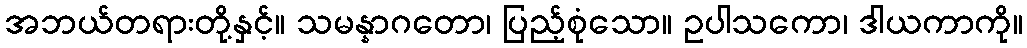
အဘယ်တရားတို့နှင့်။ သမန္နာဂတော၊ ပြည့်စုံသော။ ဥပါသကော၊ ဒါယကာကို။